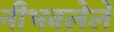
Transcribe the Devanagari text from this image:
नीभवलेले